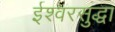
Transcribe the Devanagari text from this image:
ईश्वरसुद्धा